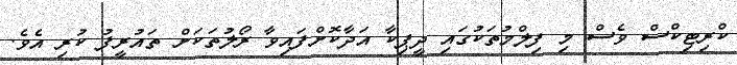
ކްރިޓިކްސް ވެސް މި ފިލްމުތަކުގައި ދީޕިކާ އަދާކޮށްފައިވާ ރޯލުތަކަށް ތައުރީފު ކުރި އެވެ.